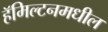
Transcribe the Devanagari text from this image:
हॅमिल्टनमधील